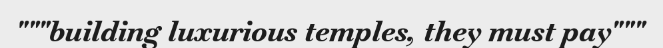
"""building luxurious temples, they must pay"""